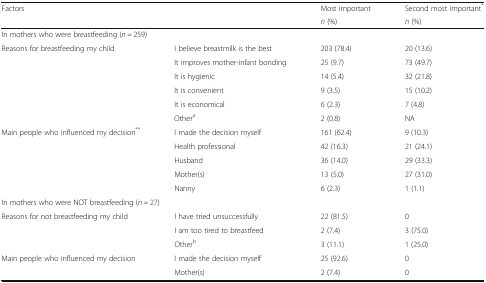
<table><thead><tr><td rowspan="2" colspan="2"><b>Factors</b></td><td><b>Most important</b></td><td><b>Second most important<sup>*</sup></b></td></tr><tr><td><b><i>n</i> (%)</b></td><td><b><i>n</i> (%)</b></td></tr></thead><tbody><tr><td colspan="4">In mothers who were breastfeeding (<i>n</i> = 259)</td></tr><tr><td rowspan="6">Reasons for breastfeeding my child</td><td>I believe breastmilk is the best</td><td>203 (78.4)</td><td>20 (13.6)</td></tr><tr><td>It improves mother-infant bonding</td><td>25 (9.7)</td><td>73 (49.7)</td></tr><tr><td>It is hygienic</td><td>14 (5.4)</td><td>32 (21.8)</td></tr><tr><td>It is convenient</td><td>9 (3.5)</td><td>15 (10.2)</td></tr><tr><td>It is economical</td><td>6 (2.3)</td><td>7 (4.8)</td></tr><tr><td>Other<sup>a</sup></td><td>2 (0.8)</td><td>NA</td></tr><tr><td rowspan="5">Main people who influenced my decision<sup>**</sup></td><td>I made the decision myself</td><td>161 (62.4)</td><td>9 (10.3)</td></tr><tr><td>Health professional</td><td>42 (16.3)</td><td>21 (24.1)</td></tr><tr><td>Husband</td><td>36 (14.0)</td><td>29 (33.3)</td></tr><tr><td>Mother(s)</td><td>13 (5.0)</td><td>27 (31.0)</td></tr><tr><td>Nanny</td><td>6 (2.3)</td><td>1 (1.1)</td></tr><tr><td colspan="4">In mothers who were NOT breastfeeding (<i>n</i> = 27)</td></tr><tr><td rowspan="3">Reasons for not breastfeeding my child</td><td>I have tried unsuccessfully</td><td>22 (81.5)</td><td>0</td></tr><tr><td>I am too tired to breastfeed</td><td>2 (7.4)</td><td>3 (75.0)</td></tr><tr><td>Other<sup>b</sup></td><td>3 (11.1)</td><td>1 (25.0)</td></tr><tr><td rowspan="2">Main people who influenced my decision</td><td>I made the decision myself</td><td>25 (92.6)</td><td>0</td></tr><tr><td>Mother(s)</td><td>2 (7.4)</td><td>0</td></tr></tbody></table>